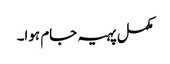
مکمل پہیہ جام ہوا۔